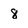
Character: 8